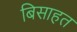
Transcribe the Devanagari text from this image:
बिसाहत